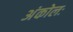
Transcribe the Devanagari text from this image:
अंकोलः